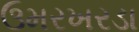
ઉમરખરડા